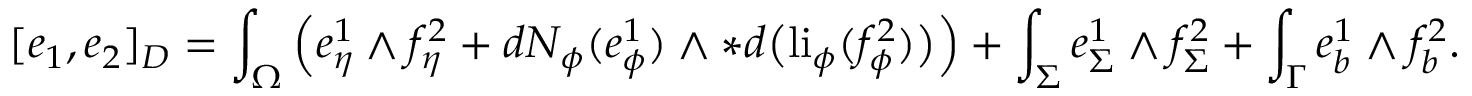
[ e _ { 1 } , e _ { 2 } ] _ { D } = \int _ { \Omega } \Big ( e _ { \eta } ^ { 1 } \wedge f _ { \eta } ^ { 2 } + d N _ { \phi } ( e _ { \phi } ^ { 1 } ) \wedge \ast d \big ( \mathrm { l i } _ { \phi } ( f _ { \phi } ^ { 2 } ) \big ) \Big ) + \int _ { \Sigma } e _ { \Sigma } ^ { 1 } \wedge f _ { \Sigma } ^ { 2 } + \int _ { \Gamma } e _ { b } ^ { 1 } \wedge f _ { b } ^ { 2 } .